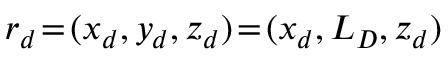
\boldsymbol { r } _ { d } \! = \! ( x _ { d } , y _ { d } , z _ { d } ) \! = \! ( x _ { d } , L _ { D } , z _ { d } )